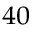
^ { 4 0 }